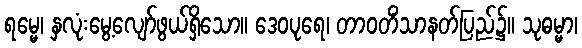
ရမ္မေ၊ နှလုံးမွေ့လျော်ဖွယ်ရှိသော။ ဒေဝပုရေ၊ တာဝတိံသာနတ်ပြည်၌။ သုဓမ္မာ၊